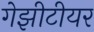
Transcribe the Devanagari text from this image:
गेझीटीयर